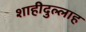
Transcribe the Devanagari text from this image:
शाहीदुल्लाह